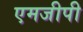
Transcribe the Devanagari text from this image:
एमजीपी